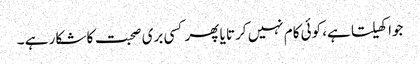
جوا کھیلتا ہے، کوئی کام نہیں کرتا یا پھر کسی بری صحبت کا شکار ہے ۔